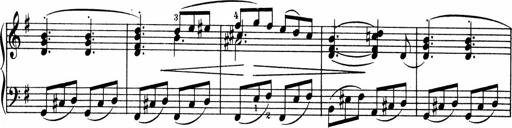
Title: 3 Sonatinen fÃ¼r Pianoforte
Composer: Fritz von Bose